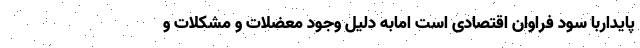
پایداربا سود فراوان اقتصادی است امابه دلیل وجود معضلات و مشکلات و